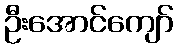
ဦးအောင်ကျော်